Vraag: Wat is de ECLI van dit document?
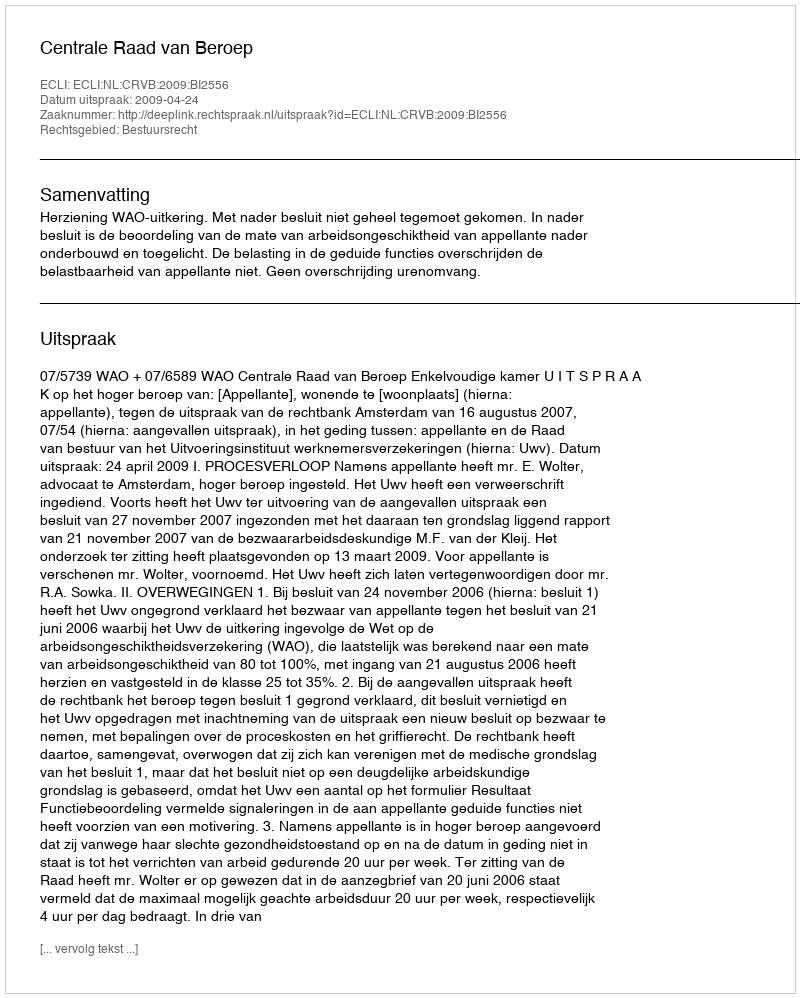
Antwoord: ECLI:NL:CRVB:2009:BI2556